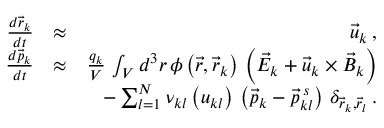
\begin{array} { r l r } { \frac { d \vec { r } _ { k } } { d t } } & { \approx } & { \vec { u } _ { k } \, , } \\ { \frac { d \vec { p } _ { k } } { d t } } & { \approx } & { \frac { q _ { k } } { V } \, \int _ { V } d ^ { 3 } r \, \phi \left( \vec { r } , \vec { r } _ { k } \right) \, \left( \vec { E } _ { k } + \vec { u } _ { k } \times \vec { B } _ { k } \right) } \\ & { } & { - \sum _ { l = 1 } ^ { N } \nu _ { k l } \left( u _ { k l } \right) \, \left( \vec { p } _ { k } - \vec { p } _ { k l } ^ { \, s } \right) \, \delta _ { \vec { r } _ { k } , \vec { r } _ { l } } \, . } \end{array}